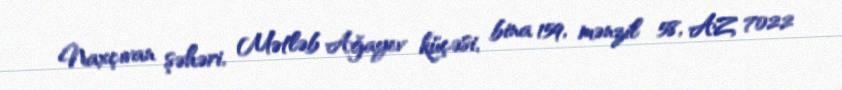
Naxçıvan şəhəri, Mətləb Ağayev küçəsi, bina 159, mənzil 58, AZ 7022